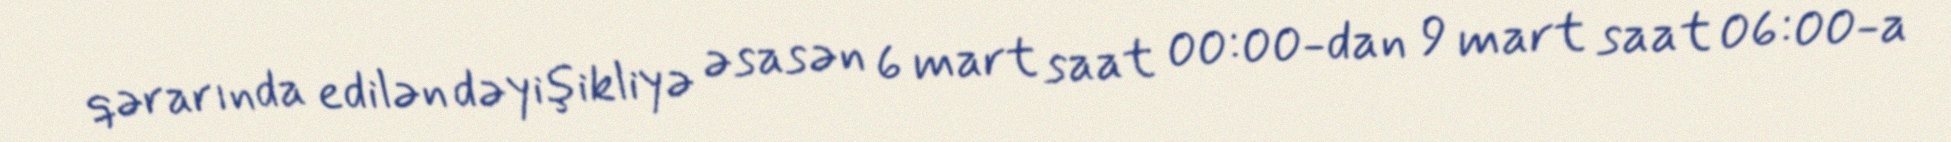
qərarında edilən dəyişikliyə əsasən 6 mart saat 00:00-dan 9 mart saat 06:00-a